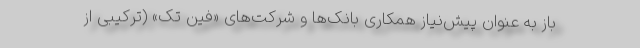
باز به عنوان پیش‌نیاز همکاری بانک‌ها و شرکت‌های «فین تک» (ترکیبی از